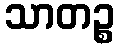
သာတဉ္စ